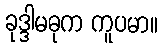
ခုဒ္ဒါမဓုက ကူပမာ။